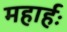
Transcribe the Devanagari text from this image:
महार्हः